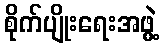
စိုက်ပျိုးရေးအဖွဲ့